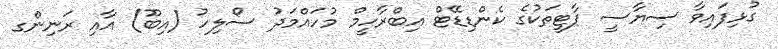
ގުޅިފައިވާ ސިޔާސީ ޕާޓީތަކުގެ ކެންޑިޑޭޓް އިބްރާހީމް މުހައްމަދު ސޯލިހު (އިބޫ) އާއި ރަނިންގ